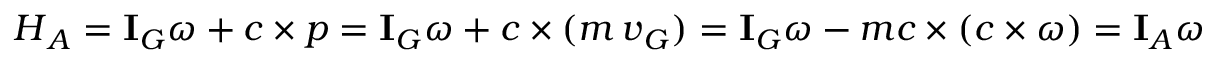
\boldsymbol { H } _ { A } = \mathbf { I } _ { G } \boldsymbol { \omega } + \boldsymbol { c } \times \boldsymbol { p } = \mathbf { I } _ { G } \boldsymbol { \omega } + \boldsymbol { c } \times ( m \, \boldsymbol { v } _ { G } ) = \mathbf { I } _ { G } \boldsymbol { \omega } - m \boldsymbol { c } \times ( \boldsymbol { c } \times \boldsymbol { \omega } ) = \mathbf { I } _ { A } \boldsymbol { \omega }